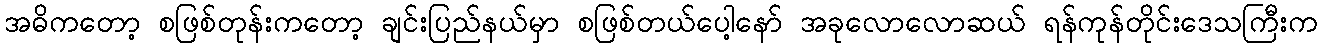
အဓိကတော့ စဖြစ်တုန်းကတော့ ချင်းပြည်နယ်မှာ စဖြစ်တယ်ပေါ့နော် အခုလောလောဆယ် ရန်ကုန်တိုင်းဒေသကြီးက